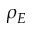
\rho _ { E }